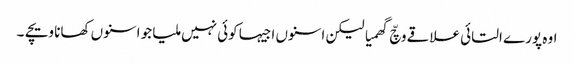
اوہ پورے التائی علاقے وچّ گھمیا لیکن اسنوں اجیہا کوئی نہیں ملیا جو اسنوں کھانا ویچے ۔